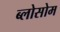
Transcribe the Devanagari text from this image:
ब्लोसोम